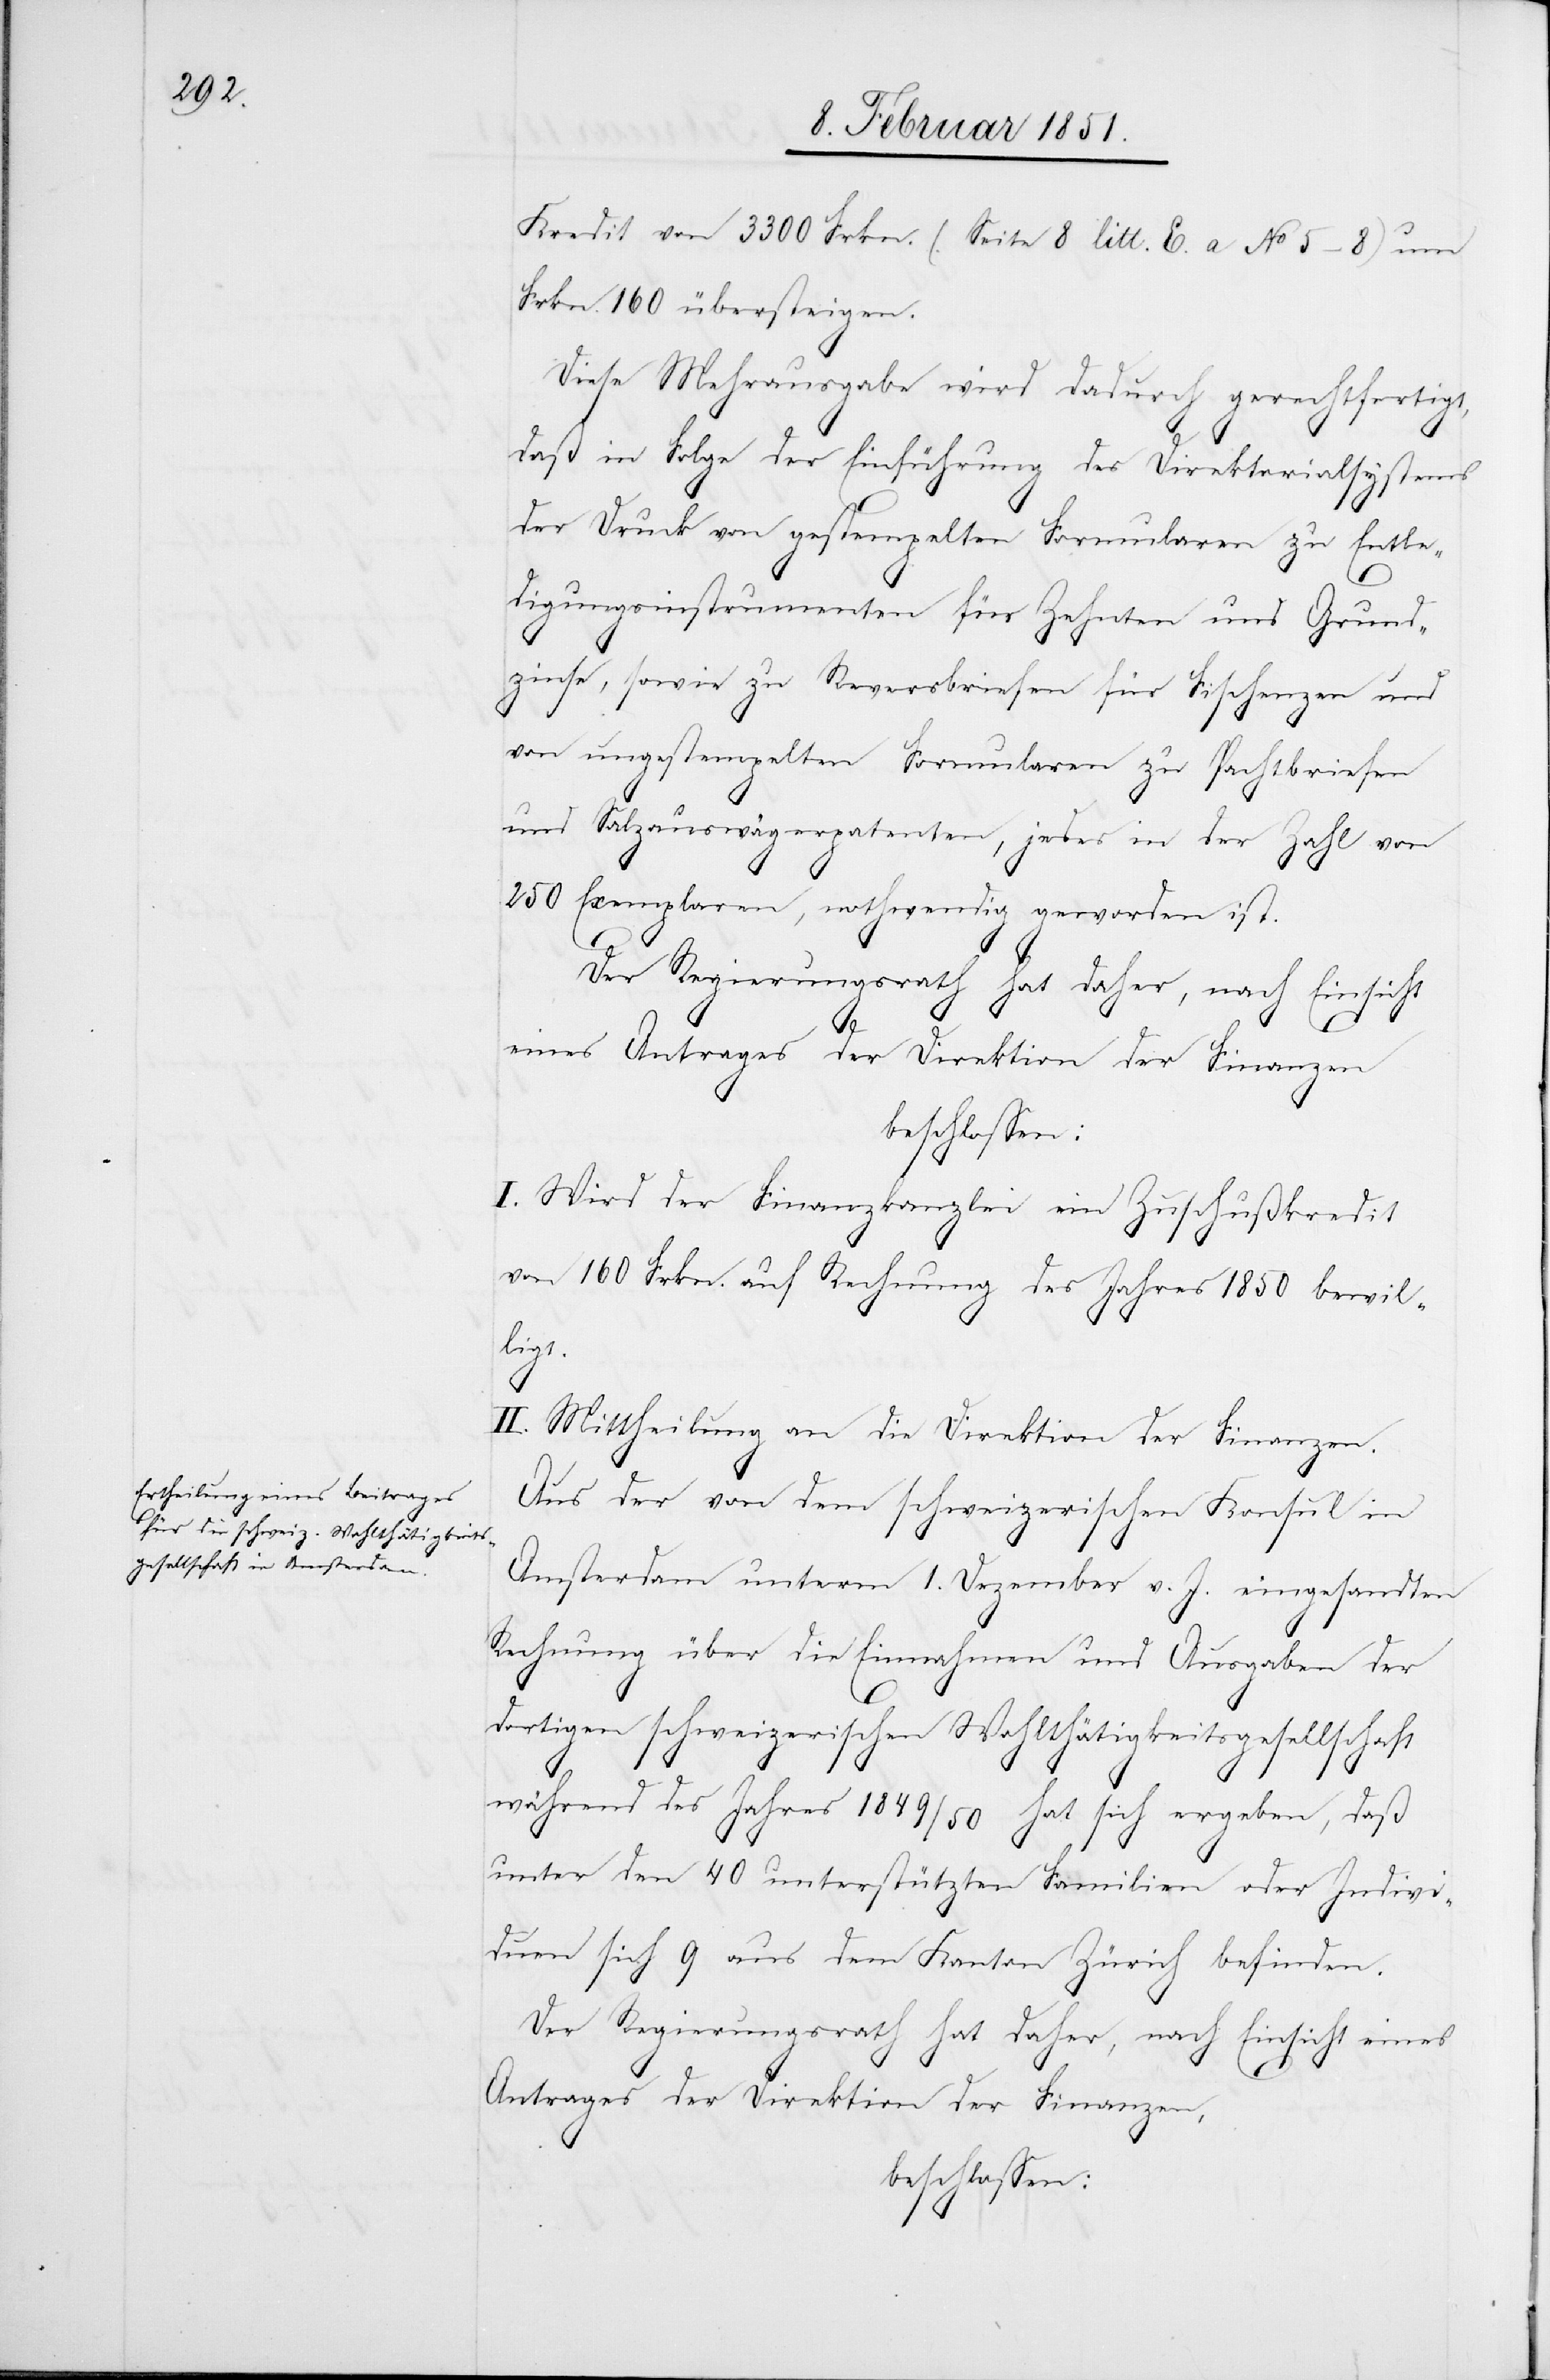
Kredit von 3300 Frkn. (Seite 8 litt. E. a No 5–8) um
Frkn. 160 übersteigen.
Diese Mehrausgabe wird dadurch gerechtfertigt,
daß in Folge der Einführung des Direktorialsystems
der Druck von gestempelten Formularen zu Entle¬
digungsinstrumenten für Zehnten und Grund¬
zinse, sowie zu Reversbriefen für Fischenzen und
von ungestempelten Formularen zu Pachtbriefen
und Salzauswägerpatenten, jedes in der Zahl von
250 Exemplaren, nothwendig geworden ist.
Der Regierungsrath hat daher, nach Einsicht
eines Antrages der Direktion der Finanzen
beschlossen:
I. Wird der Finanzkanzlei ein Zuschußkredit
von 160 Frkn. auf Rechnung des Jahres 1850 bewil¬
ligt.
II. Mittheilung an die Direktion der Finanzen.
Aus der von dem schweizerischen Konsul in
Amsterdam unterm 1. Dezember v. J. eingesandten
Rechnung über die Einnahmen und Ausgaben der
dortigen schweizerischen Wohlthätigkeitsgesellschaft
während des Jahres 1849/50 hat sich ergeben, daß
unter den 40 unterstützten Familien oder Indivi¬
duen sich 9 aus dem Kanton Zürich befinden.
Der Regierungsrath hat daher, nach Einsicht eines
Antrages der Direktion der Finanzen,